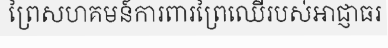
ព្រៃសហគមន៍ការពារព្រៃឈើរបស់អាជ្ញាធរ